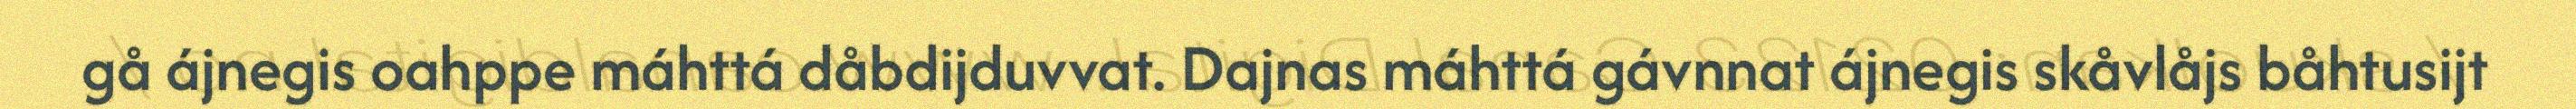
gå ájnegis oahppe máhttá dåbdijduvvat. Dajnas máhttá gávnnat ájnegis skåvlåjs båhtusijt